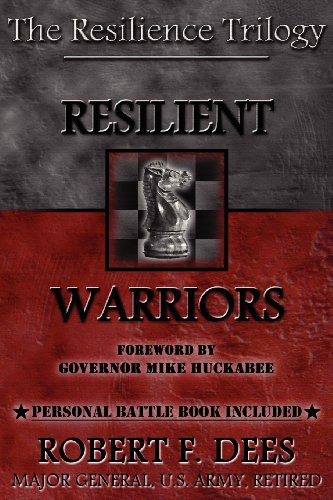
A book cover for Resilient Warriors (Resilence Trilogy); Robert F. Dees; Christian Books & Bibles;